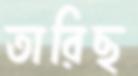
তারিছ